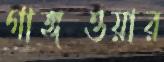
গাঙ্গওয়ার